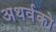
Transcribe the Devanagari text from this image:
अथर्वको